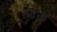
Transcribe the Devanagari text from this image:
बंजरनुमा